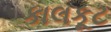
કાલકૂટ